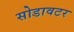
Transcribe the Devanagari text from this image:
सोडावटर